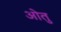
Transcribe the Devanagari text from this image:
ओतु